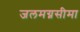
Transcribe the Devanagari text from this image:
जलमग्नसीमा